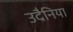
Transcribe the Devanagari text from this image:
उदैनिया